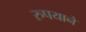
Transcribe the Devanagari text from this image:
रुपयाने